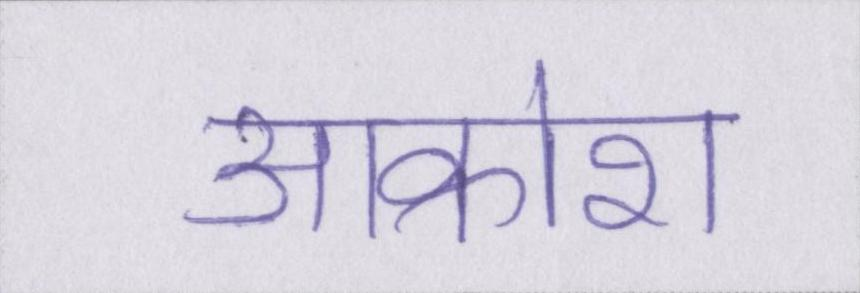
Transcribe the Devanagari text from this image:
आक्रोश